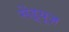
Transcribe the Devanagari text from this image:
सेंड्र्यूज़